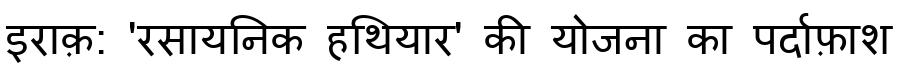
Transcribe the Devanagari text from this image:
इराक़: 'रसायनिक हथियार' की योजना का पर्दाफ़ाश